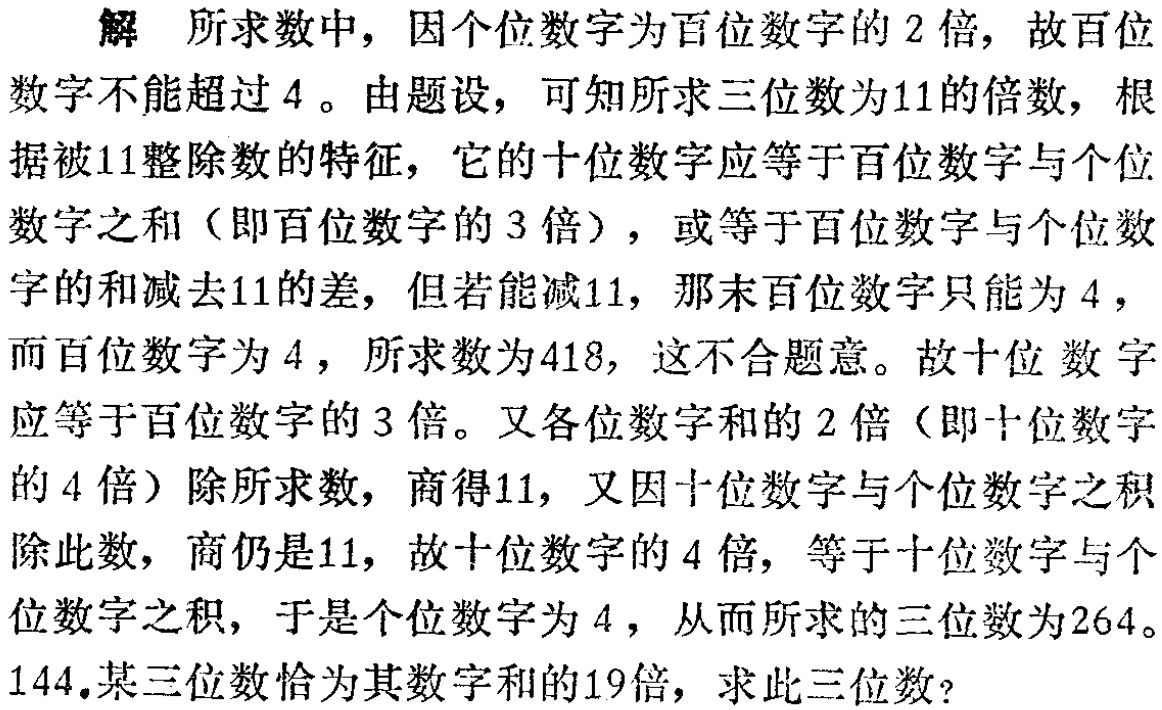
解 所求数中，因个位数字为百位数字的 2 倍，故百位

数字不能超过 4 。由题设，可知所求三位数为11的倍数，根

据被11整除数的特征，它的十位数字应等于百位数字与个位

数字之和（即百位数字的 3 倍），或等于百位数字与个位数

字的和减去11的差，但若能减11，那末百位数字只能为 4 ，

而百位数字为 4 ，所求数为418，这不合题意。故十位数字

应等于百位数字的 3 倍。又各位数字和的 2 倍（即十位数字

的 4 倍）除所求数，商得11，又因十位数字与个位数字之积

除此数，商仍是11，故十位数字的 4 倍，等于十位数字与个

位数字之积，于是个位数字为 4 ，从而所求的三位数为264。

144.某三位数恰为其数字和的19倍，求此三位数？